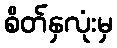
စိတ်နှလုံးမှ